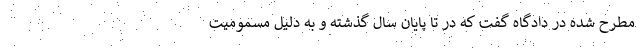
مطرح شده در دادگاه گفت که در تا پایان سال گذشته و به دلیل مسمومیت